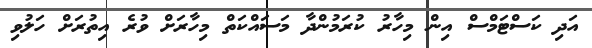
އަދި ކަސްޓަމްސް އިން މިހާރު ކުރަމުންދާ މަސައްކަތް މިހާރަށް ވުރެ އިތުރަށް ހަލުވި